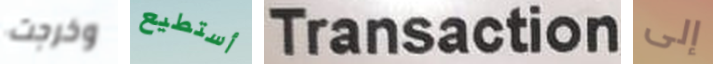
وخرجت أستطيع Transaction إلى